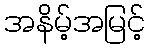
အနိမ့်အမြင့်